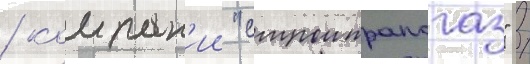
/ компан'ии "строитрансгаз" /